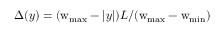
\Delta ( y ) = ( \mathrm { w } _ { \mathrm { m a x } } - | y | ) L / ( \mathrm { w } _ { \mathrm { m a x } } - \mathrm { w } _ { \mathrm { m i n } } )